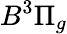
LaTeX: B^{3}\Pi_{g}